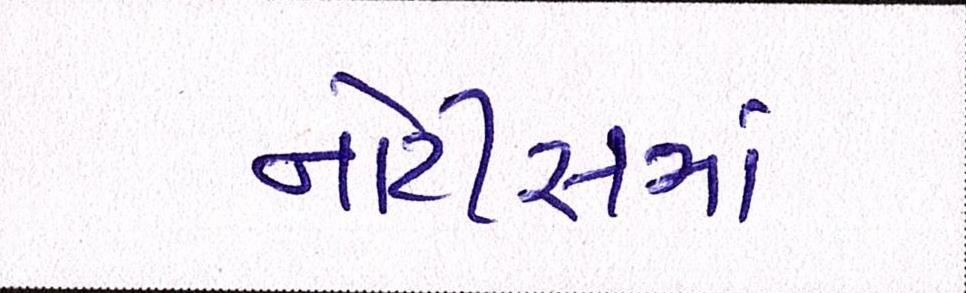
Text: નોટીસમાં